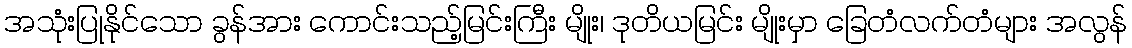
အသုံးပြုနိုင်သော ခွန်အား ကောင်းသည့်မြင်းကြီး မျိုး၊ ဒုတိယမြင်း မျိုးမှာ ခြေတံလက်တံများ အလွန်